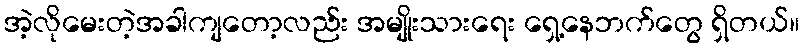
အဲ့လိုမေးတဲ့အခါကျတော့လည်း အမျိုးသားရေး ရှေ့နေဘက်တွေ ရှိတယ်။